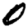
Digit: 0